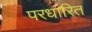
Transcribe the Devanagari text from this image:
परधारित